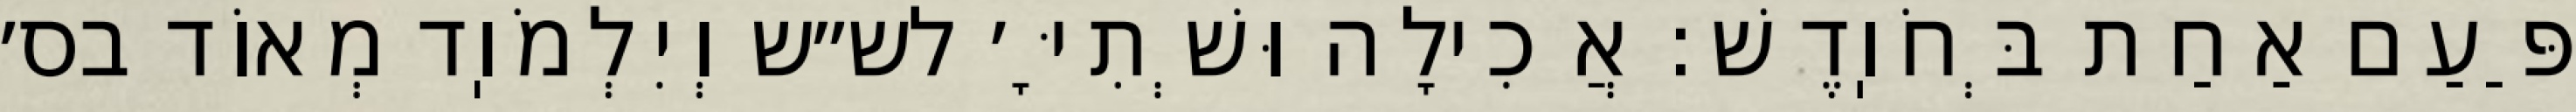
פַּעַם אַחַת בְּחֹוֽדֶשׁ: אֲכִילָה וּשְׁתִיָּ׳ לש״ש וְיִלְמֹוֽד מְאוֹד בס׳